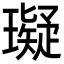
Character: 𤪦